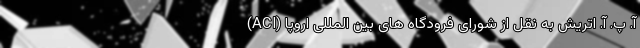
آ. پ. آ. اتریش به نقل از شورای فرودگاه های بین المللی اروپا (ACI)